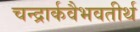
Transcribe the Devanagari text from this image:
चन्द्रार्कवैभवतीर्थ